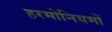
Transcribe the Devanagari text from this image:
हरमोनियमों